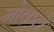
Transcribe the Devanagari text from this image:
मोकले